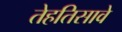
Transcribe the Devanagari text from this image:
तेहतिसावे